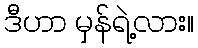
ဒီဟာ မှန်ရဲ့လား။